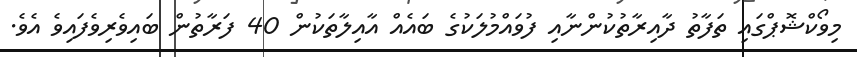
މިވޯކްޝޮޕްގައި ތަފާތު ދާއިރާތުކުންނާއި ފުވައްމުލަކުގެ ބައެއް އާއިލާތަކުން 40 ފަރާތުން ބައިވެރިވެފައިވެ އެވެ.